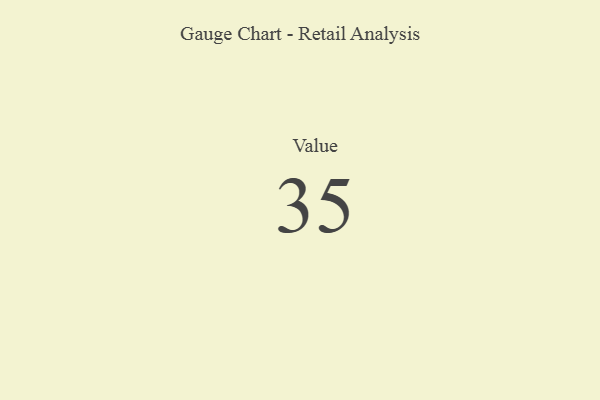
{"axis": {"x": "Metric", "y": "Value"}, "legend": [""], "data": [{"x": "Value", "y": 35, "type": ""}]}